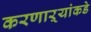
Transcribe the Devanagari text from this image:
करणाऱ्यांकडे